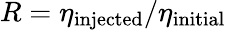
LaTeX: R=\eta_{\mathrm{injected}}/\eta_{\mathrm{initial}}